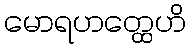
မောရဟတ္ထေဟိ